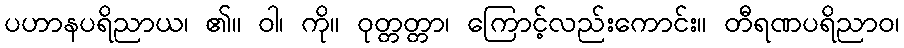
ပဟာနပရိညာယ၊ ၏။ ဝါ၊ ကို။ ဝုတ္တတ္တာ၊ ကြောင့်လည်းကောင်း။ တီရဏပရိညာဝ၊